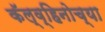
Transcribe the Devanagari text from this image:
कॅल्व्हिनोच्या